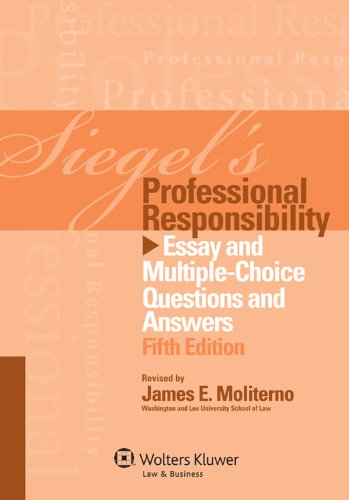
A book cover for Siegels Professional Responsibility: Essay Multi Choice Q & A, Fifth Edition; Brian N. Siegel; Law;